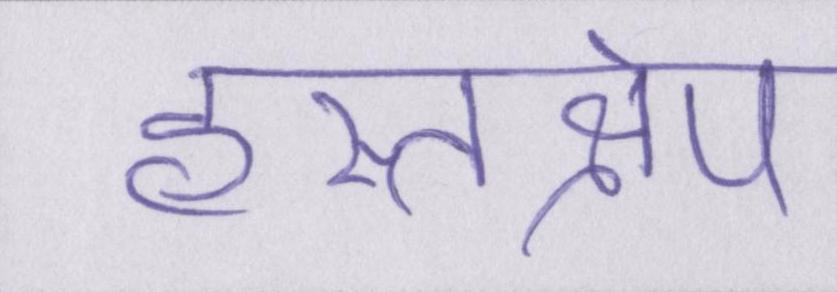
हस्तक्षेप